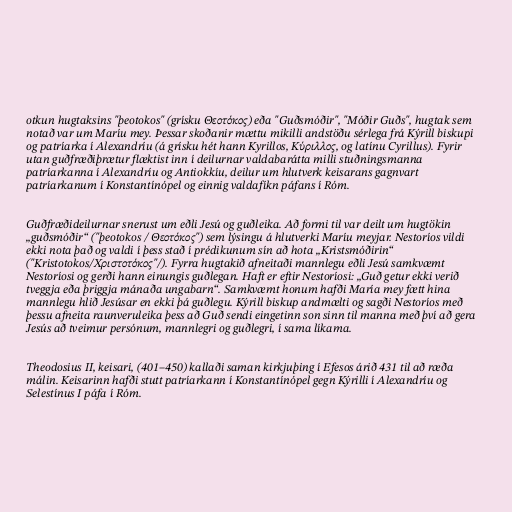
otkun hugtaksins "þeotokos" (grísku Θεοτόκος) eða "Guðsmóðir", "Móðir Guðs", hugtak sem
notað var um Maríu mey. Þessar skoðanir mættu mikilli andstöðu sérlega frá Kýrill biskupi
og patríarka í Alexandríu (á grísku hét hann Kyrillos, Κύριλλος, og latínu Cyrillus). Fyrir
utan guðfræðiþrætur flæktist inn í deilurnar valdabarátta milli stuðningsmanna
patríarkanna í Alexandríu og Antiokkíu, deilur um hlutverk keisarans gagnvart
patríarkanum í Konstantínópel og einnig valdafíkn páfans í Róm.

Guðfræðideilurnar snerust um eðli Jesú og guðleika. Að formi til var deilt um hugtökin
„guðsmóðir“ ("þeotokos / Θεοτόκος") sem lýsingu á hlutverki Maríu meyjar. Nestoríos vildi
ekki nota það og valdi í þess stað í prédikunum sín að hota „Kristsmóðirin“
("Kristotokos/Χριστοτόκος"/). Fyrra hugtakið afneitaði mannlegu eðli Jesú samkvæmt
Nestoríosi og gerði hann einungis guðlegan. Haft er eftir Nestoríosi: „Guð getur ekki verið
tveggja eða þriggja mánaða ungabarn“. Samkvæmt honum hafði María mey fætt hina
mannlegu hlið Jesúsar en ekki þá guðlegu. Kýrill biskup andmælti og sagði Nestoríos með
þessu afneita raunveruleika þess að Guð sendi eingetinn son sinn til manna með því að gera
Jesús að tveimur persónum, mannlegri og guðlegri, í sama líkama.

Theodosius II, keisari, (401–450) kallaði saman kirkjuþing í Efesos árið 431 til að ræða
málin. Keisarinn hafði stutt patríarkann í Konstantínópel gegn Kýrilli í Alexandríu og
Selestínus I páfa í Róm.